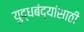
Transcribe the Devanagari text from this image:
युद्धबंद्यांसाठी